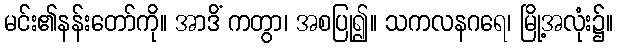
မင်း၏နန်းတော်ကို။ အာဒိံ ကတွာ၊ အစပြု၍။ သကလနဂရေ၊ မြို့အလုံး၌။